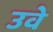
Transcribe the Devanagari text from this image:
उवे